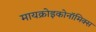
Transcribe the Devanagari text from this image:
मायक्रोइकोनॉमिक्स